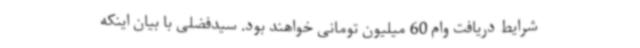
شرایط دریافت وام 60 میلیون تومانی خواهند بود. سیدفضلی با بیان اینکه